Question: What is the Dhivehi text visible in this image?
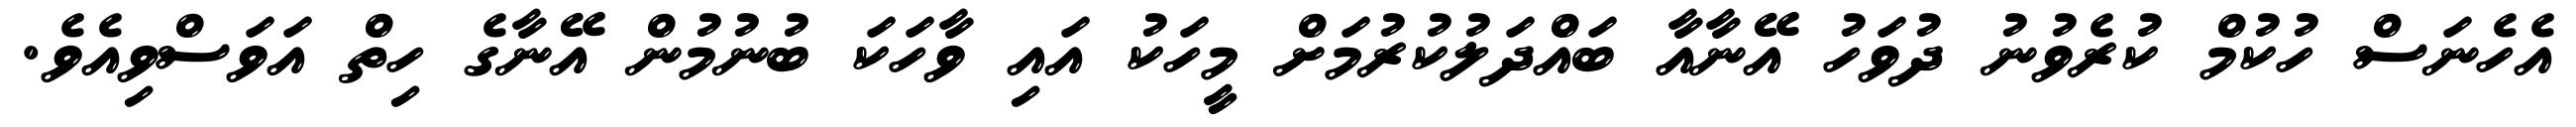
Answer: އެހެނަސް ހުކުމް ކުރެވުނު ދުވަހު އޭނާއާ ބައްދަލުކުރުމަށް މީހަކު އައި ވާހަކަ ބުނުމުން އޭނާގެ ހިތް އަވަސްވިއެވެ.